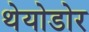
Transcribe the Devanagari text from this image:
थेयोडोर